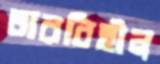
তারবিহীন